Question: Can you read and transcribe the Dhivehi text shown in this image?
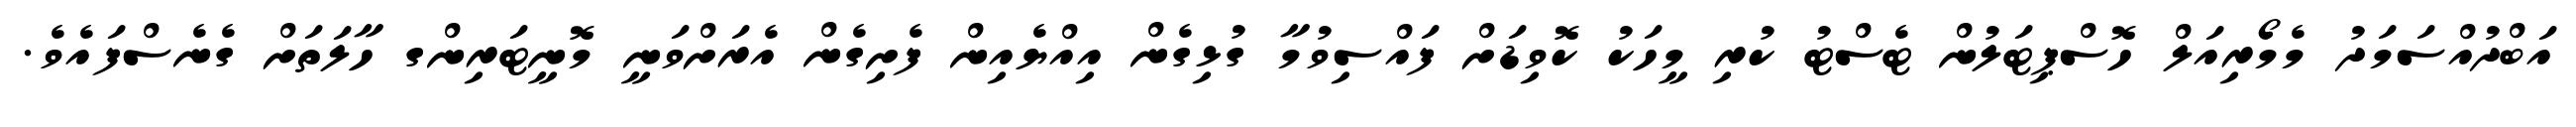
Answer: އަބްދުއްސަމަދު މެމޯރިއަލް ހޮސްޕިޓަލުން ޓެސްޓު ކުރި މީހަކު ކޮވިޑަށް ފައްސިވުމާ ގުޅިގެން އިއްޔެއިން ފެށިގެން އެރަށްވަނީ މޮނީޓަރިންގ ހާލަތަށް ގެނެސްފައެވެ.